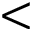
<